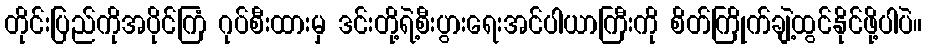
တိုင်းပြည်ကိုအပိုင်ကြံ ဂုပ်စီးထားမှ ဒင်းတို့ရဲ့စီးပွားရေးအင်ပါယာကြီးကို စိတ်ကြိုက်ချဲ့ထွင်နိုင်ဖို့ပါပဲ။